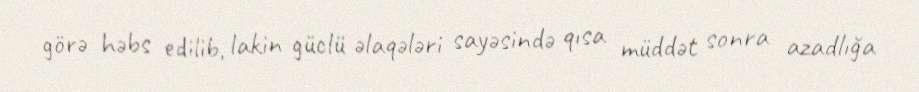
görə həbs edilib, lakin güclü əlaqələri sayəsində qısa müddət sonra azadlığa